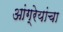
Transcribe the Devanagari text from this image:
आंग्रेयांचा